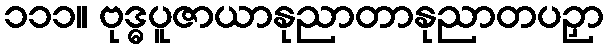
၁၁၁။ ဗုဒ္ဓပူဇာယာနုညာတာနုညာတပဉှာ